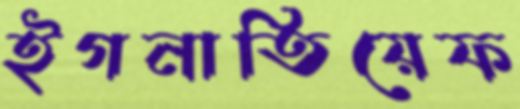
ইগনাতিয়েফ